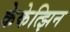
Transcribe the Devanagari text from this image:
केकेत्झिन